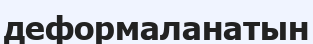
деформаланатын